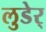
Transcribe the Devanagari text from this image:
लुडेर्